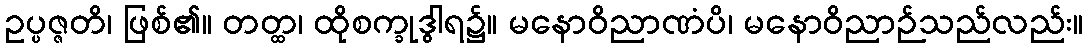
ဥပ္ပဇ္ဇတိ၊ ဖြစ်၏။ တတ္ထ၊ ထိုစက္ခုဒွါရ၌။ မနောဝိညာဏံပိ၊ မနောဝိညာဉ်သည်လည်း။